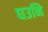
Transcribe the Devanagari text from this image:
घउनि